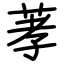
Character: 䓔